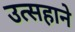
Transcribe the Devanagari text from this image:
उत्सहाने